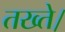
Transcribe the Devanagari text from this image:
तख्ते।